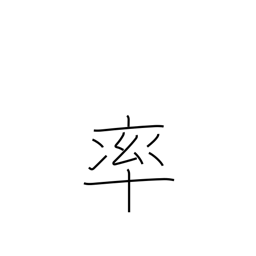
Meaning: spearhead